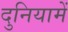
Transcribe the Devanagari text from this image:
दुनियामें